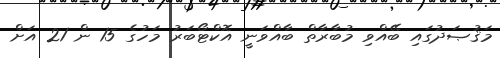
މަޤުޞަދުގައި ބޭއްވި މުބާރާތް ބާއްވަނީ އޮކްޓޯބަރު މަހުގެ 15 ން 21 އަށް